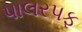
પાલરપફ